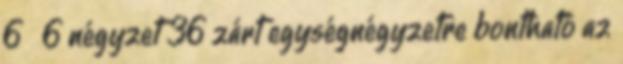
6 х 6 négyzet 36 zárt egységnégyzetre bontható az